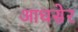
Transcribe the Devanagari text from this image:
आधसेर